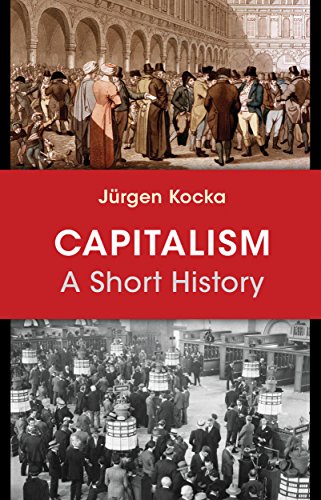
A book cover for Capitalism: A Short History; JÃ¼rgen Kocka; Business & Money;